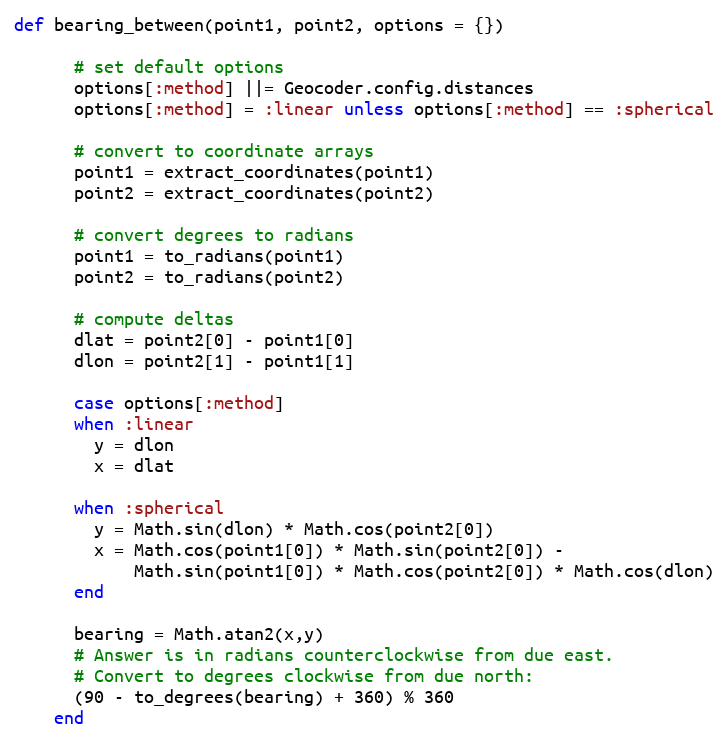
Language: Ruby
def bearing_between(point1, point2, options = {})

      # set default options
      options[:method] ||= Geocoder.config.distances
      options[:method] = :linear unless options[:method] == :spherical

      # convert to coordinate arrays
      point1 = extract_coordinates(point1)
      point2 = extract_coordinates(point2)

      # convert degrees to radians
      point1 = to_radians(point1)
      point2 = to_radians(point2)

      # compute deltas
      dlat = point2[0] - point1[0]
      dlon = point2[1] - point1[1]

      case options[:method]
      when :linear
        y = dlon
        x = dlat

      when :spherical
        y = Math.sin(dlon) * Math.cos(point2[0])
        x = Math.cos(point1[0]) * Math.sin(point2[0]) -
            Math.sin(point1[0]) * Math.cos(point2[0]) * Math.cos(dlon)
      end

      bearing = Math.atan2(x,y)
      # Answer is in radians counterclockwise from due east.
      # Convert to degrees clockwise from due north:
      (90 - to_degrees(bearing) + 360) % 360
    end